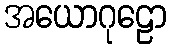
အယောဂုဠော